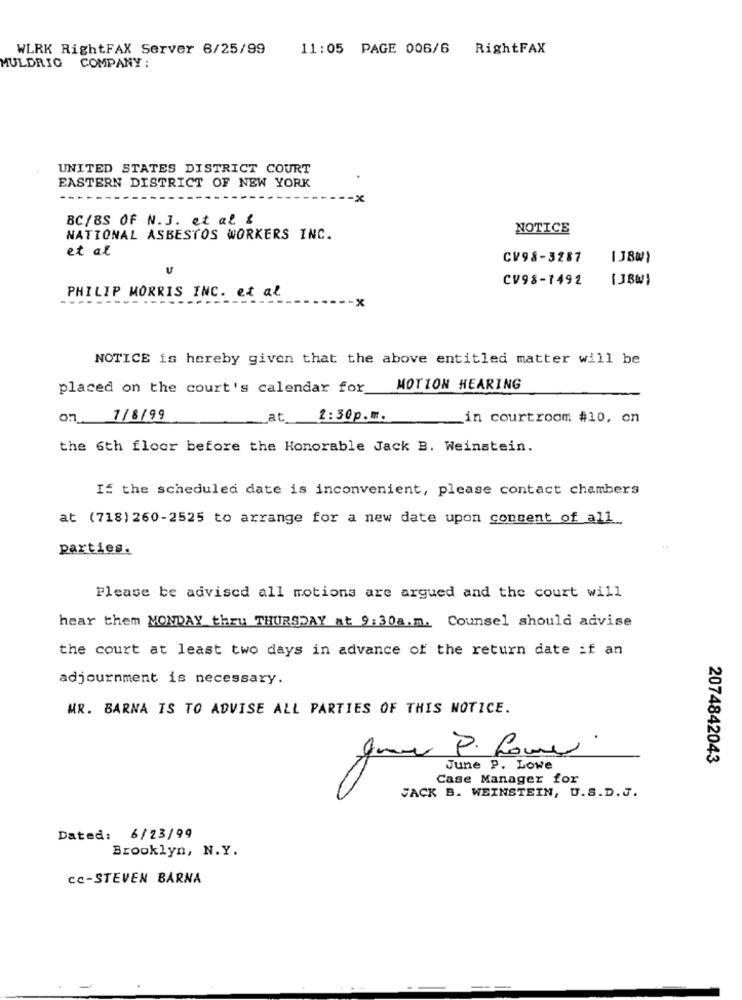
WLRK RightFAX Server 6/25/99
11:05 PAGE 006/6 RightFAX
MULDRIG COMPANY:
UNITED STATES DISTRICT COURT
EASTERN DISTRICT OF NEW YORK
-x
BC/8S OF N.J. et al &
NOTICE
NATIONAL ASBESTOS WORKERS INC.
et al
CV98-3287
CV98-1492
[ ]BW)
PHILIP MORRIS INC. et al
NOTICE is hereby given that the above entitled matter will be
placed on the court's calendar for
MOTION HEARING
1/8/99
at
2:30p.m.
in courtroom #10, on
the 6th floor before the Honorable Jack B. Weinstein.
If the scheduled date is inconvenient, please contact chambers
at (718) 260-2525 to arrange for a new date upon consent of all
parties.
Please be advised all motions are argued and the court will
hear them MONDAY thru THURSDAY at 9:30a.m. Counsel should advise
the court at least two days in advance of the return date if an
adjournment is necessary.
MR. BARNA IS TO ADVISE ALL PARTIES OF THIS NOTICE.
2074842043
June P. Lowe
Case Manager for
JACK B. WEINSTEIN, U.S.D.J.
Dated: 6/23/99
Brooklyn, N.Y.
CC-STEVEN BARNA